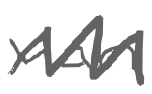
Text: van
Cross-out: zig-zag
Writing tool: digital_gray